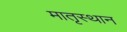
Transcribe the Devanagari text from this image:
मातृस्थान